Plague in India, 1896, 1897 - Volume 3
Year: 1896
Disease focus: Plague
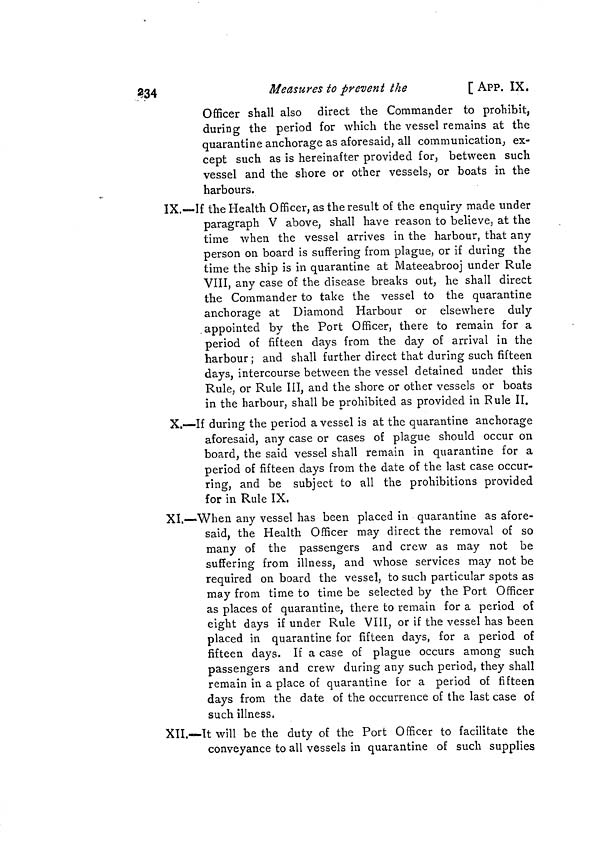
234
Measures to prevent the
[ APP. IX.
Officer shall also direct the Commander to prohibit,
during the period for which the vessel remains at the
quarantine anchorage as aforesaid, all communication, ex-
cept such as is hereinafter provided for, between such
vessel and the shore or other vessels, or boats in the
harbours.
IX.—If the Health Officer, as the result of the enquiry made under
paragraph V above, shall have reason to believe, at the
time when the vessel arrives in the harbour, that any
person on board is suffering from plague, or if during the
time the ship is in quarantine at Mateeabrooj under Rule
VIII, any case of the disease breaks out, he shall direct
the Commander to take the vessel to the quarantine
anchorage at Diamond Harbour or elsewhere duly
appointed by the Port Officer, there to remain for a
period of fifteen days from the day of arrival in the
harbour ; and shall further direct that during such fifteen
days, intercourse between the vessel detained under this
Rule, or Rule III, and the shore or other vessels or boats
in the harbour, shall be prohibited as provided in Rule II.
X.—If during the period a vessel is at the quarantine anchorage
aforesaid, any case or cases of plague should occur on
board, the said vessel shall remain in quarantine for a
period of fifteen days from the date of the last case occur-
ring, and be subject to all the prohibitions provided
for in Rule IX.
XI.—When any vessel has been placed in quarantine as afore-
said, the Health Officer may direct the removal of so
many of the passengers and crew as may not be
suffering from illness, and whose services may not be
required on board the vessel, to such particular spots as
may from time to time be selected by the Port Officer
as places of quarantine, there to remain for a period of
eight days if under Rule VIII, or if the vessel has been
placed in quarantine for fifteen days, for a period of
fifteen days. If a case of plague occurs among such
passengers and crew during any such period, they shall
remain in a place of quarantine for a period of fifteen
days from the date of the occurrence of the last case of
such illness.
XII.—It will be the duty of the Port Officer to facilitate the
conveyance to all vessels in quarantine of such supplies